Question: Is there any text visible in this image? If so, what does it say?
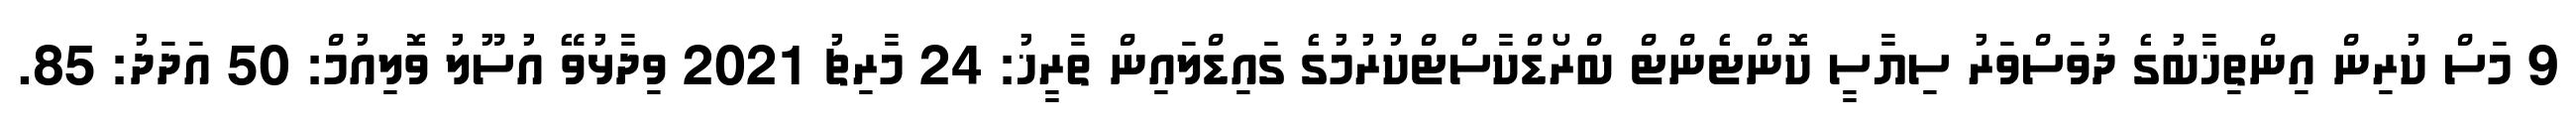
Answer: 9 މަސް ކުރިން އިންތިޚާބުގެ ދުވަސްވަރު ސިޔާސީ ކޮންޓެންޓް ބްރޯޑްކާސްޓްކުރުމުގެ ގައިޑްލައިން ތާރީޚު: 24 މާރިޗު 2021 ވިދާޅުވޭ އުސޫލު ވޮލިއުމް: 50 އަދަދު: 85.